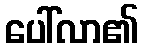
ပေါ်လာ၏